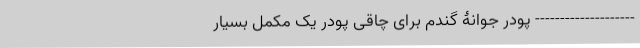
-------------------- پودر جوانۀ گندم برای چاقی پودر یک مکمل بسیار